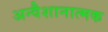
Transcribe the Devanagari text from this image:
अन्वैशानात्मक